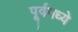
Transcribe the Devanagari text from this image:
पूर्वमध्ये